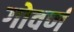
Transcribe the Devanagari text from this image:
गोवर्ण